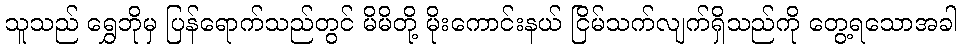
သူသည် ရွှေဘိုမှ ပြန်ရောက်သည်တွင် မိမိတို့ မိုးကောင်းနယ် ငြိမ်သက်လျက်ရှိသည်ကို တွေ့ရသောအခါ